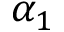
\alpha _ { 1 }